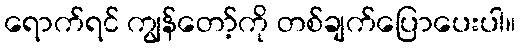
ရောက်ရင် ကျွန်တော့်ကို တစ်ချက်ပြောပေးပါ။